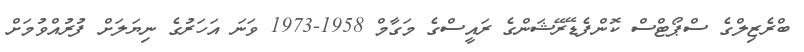
ބްރެޒިލްގެ ސްޕޯޓްސް ކޮންފެޑޭރޭޝަންގެ ރައީސްގެ މަގާމް 1958-1973 ވަނަ އަހަރުގެ ނިޔަލަށް ފުރުއްވުމަށް